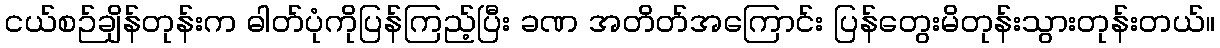
ငယ်စဉ်ချိန်တုန်းက ဓါတ်ပုံကိုပြန်ကြည့်ပြီး ခဏ အတိတ်အကြောင်း ပြန်တွေးမိတုန်းသွားတုန်းတယ်။